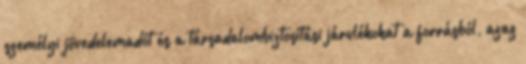
személyi jövedelemadót és a társadalombiztosítási járulékokat a forrásból, azaz